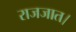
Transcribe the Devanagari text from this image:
राजजात।